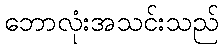
ဘောလုံးအသင်းသည်